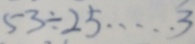
5 3 \div 2 5 \cdots 3